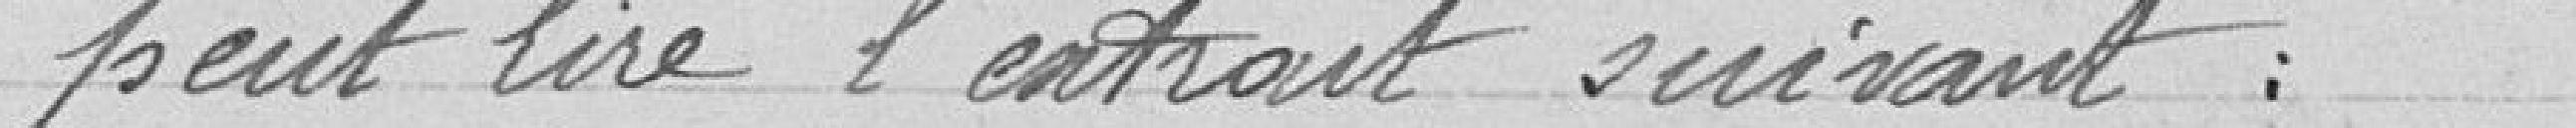
peut lire l'extrait suivant :